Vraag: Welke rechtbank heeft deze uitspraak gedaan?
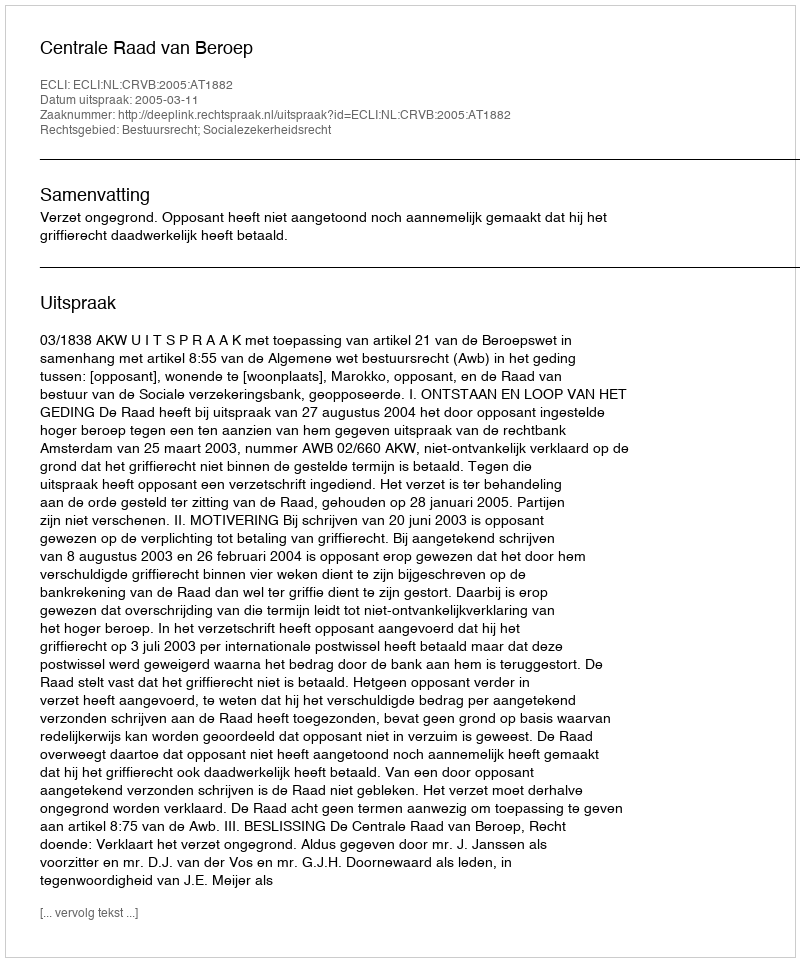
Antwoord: Centrale Raad van Beroep